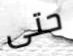
حتى